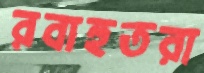
রবাহুতরা